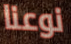
نوعنا